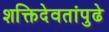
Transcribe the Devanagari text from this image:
शक्तिदेवतांपुढे